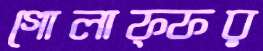
গোলাফ্ফর